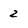
Character: 2